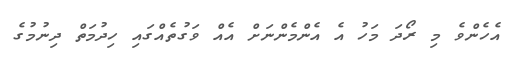
އެހެންވެ މި ރޯދަ މަހު އެ އެންމެންނަށް އެއް ވަގުތެއްގައި ހިދުމަތް ދިނުމުގެ